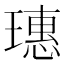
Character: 璤